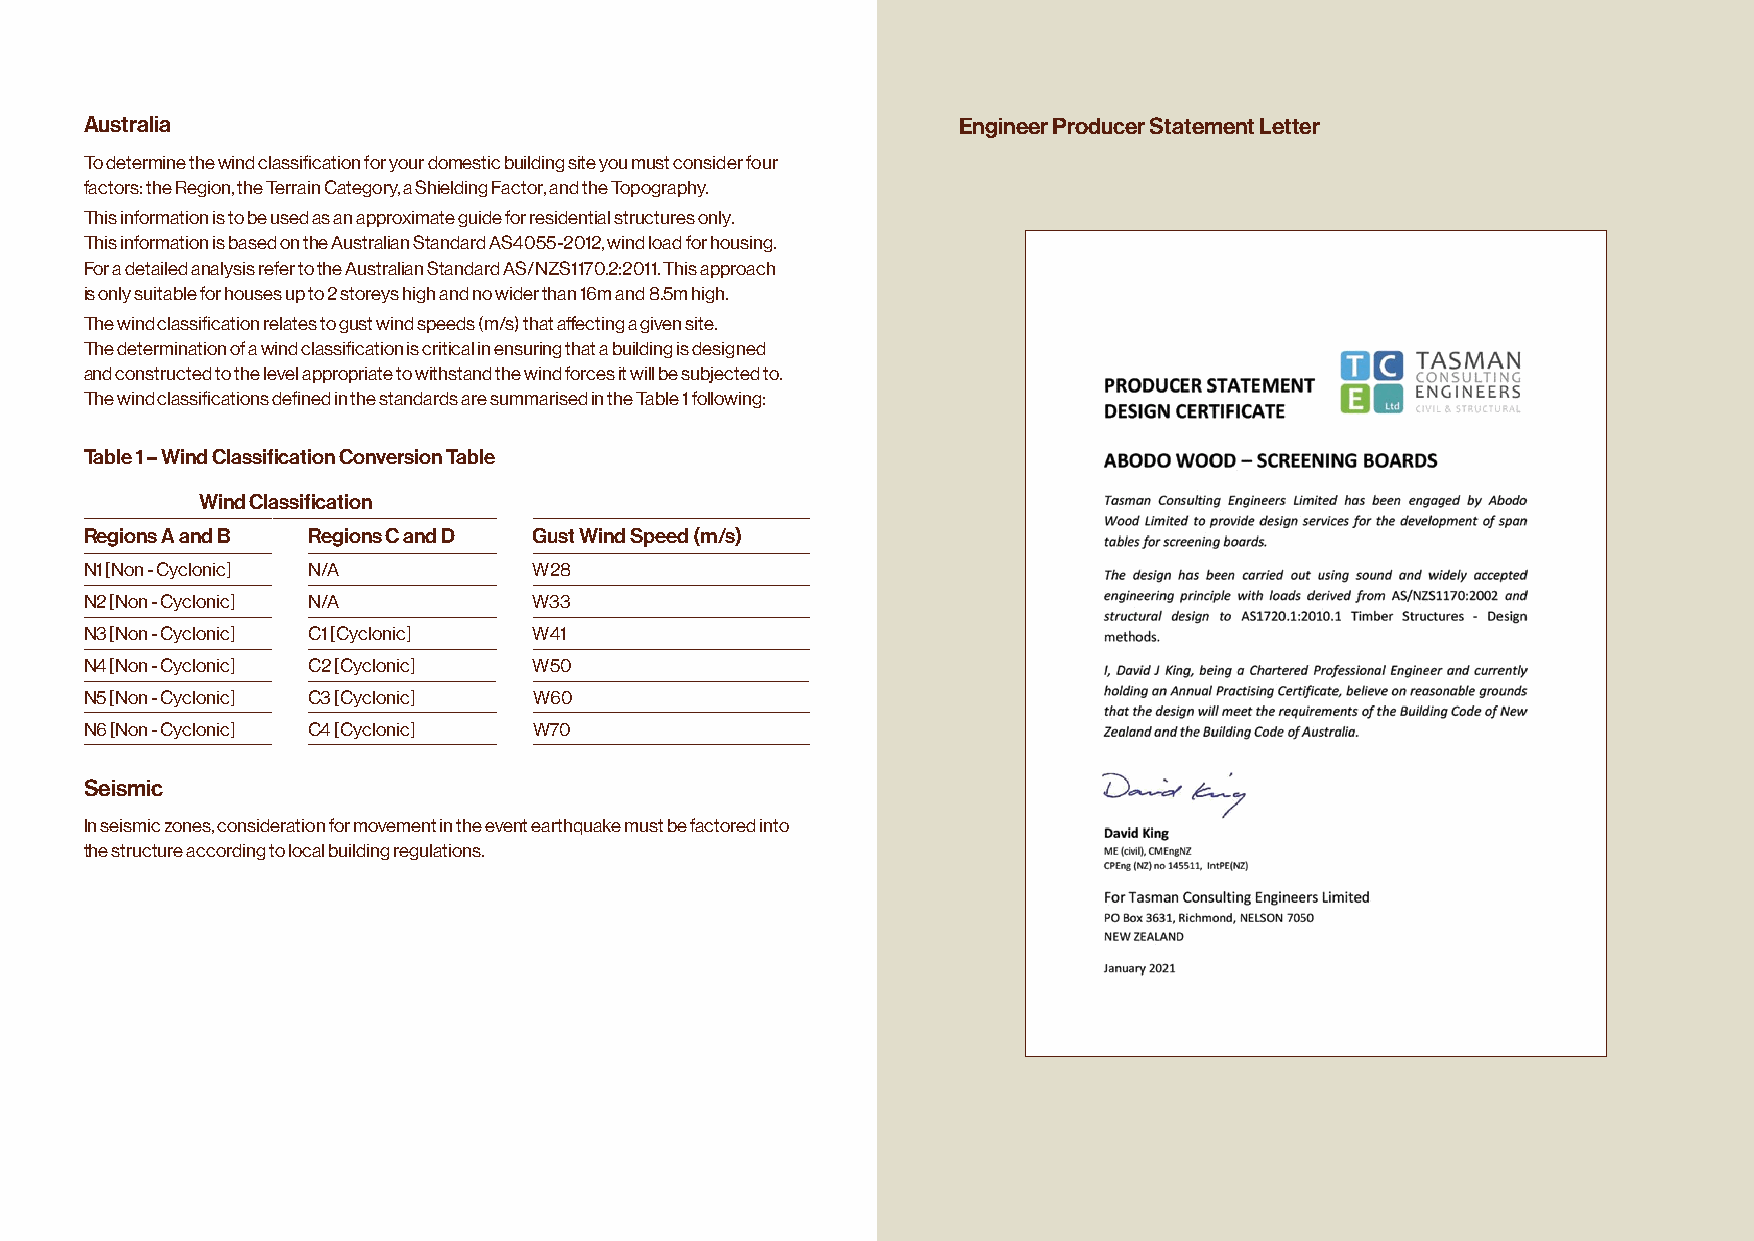
Australia                                                Engineer Producer Statement Letter
 To determine the wind classification for your domestic building site you must consider four
 factors: the Region, the Terrain Category, a Shielding Factor, and the Topography.
 This information is to be used as an approximate guide for residential structures only.
 This information is based on the Australian Standard AS4055-2012, wind load for housing.
 For a detailed analysis refer to the Australian Standard AS/NZS1170.2:2011. This approach
 is only suitable for houses up to 2 storeys high and no wider than 16m and 8.5m high.
 The wind classification relates to gust wind speeds (m/s) that affecting a given site.
 The determination of a wind classification is critical in ensuring that a building is designed
 and constructed to the level appropriate to withstand the wind forces it will be subjected to.
 The wind classifications defined in the standards are summarised in the Table 1 following:
 Table 1 – Wind Classification Conversion Table
 Wind Classification
 Regions A and B Regions C and D Gust Wind Speed (m/s)
 N1 [Non -Cyclonic] N/A       W28
 N2 [Non -Cyclonic] N/A       W33
 N3 [Non -Cyclonic] C1 [Cyclonic] W41
 N4 [Non -Cyclonic] C2 [Cyclonic] W50
 N5 [Non -Cyclonic] C3 [Cyclonic] W60
 N6 [Non -Cyclonic] C4 [Cyclonic] W70
 Seismic
 In seismic zones, consideration for movement in the event earthquake must be factored into
 the structure according to local building regulations.
 © Abodo Wood Ltd | Abodo Vulcan Screening Design Guide Aug 21 Carefully Crafted Timber 13